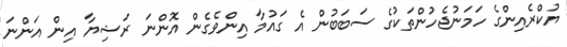
ޔުކްރެއިންގެ ހަމަނުޖެހުންތަކުގެ ސަބަބުން އެ ގައުމާ އިންވެގެން އޮންނަ ރަޝިޔާ އިން އަންނަ